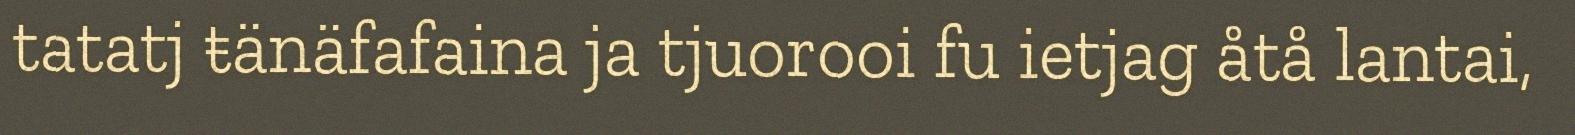
tatatj ŧänäfafaina ja tjuorooi fu ietjag åtå lantai,